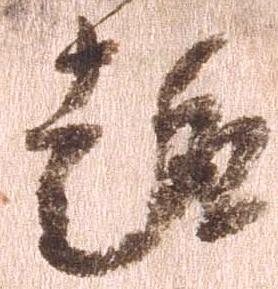
趣